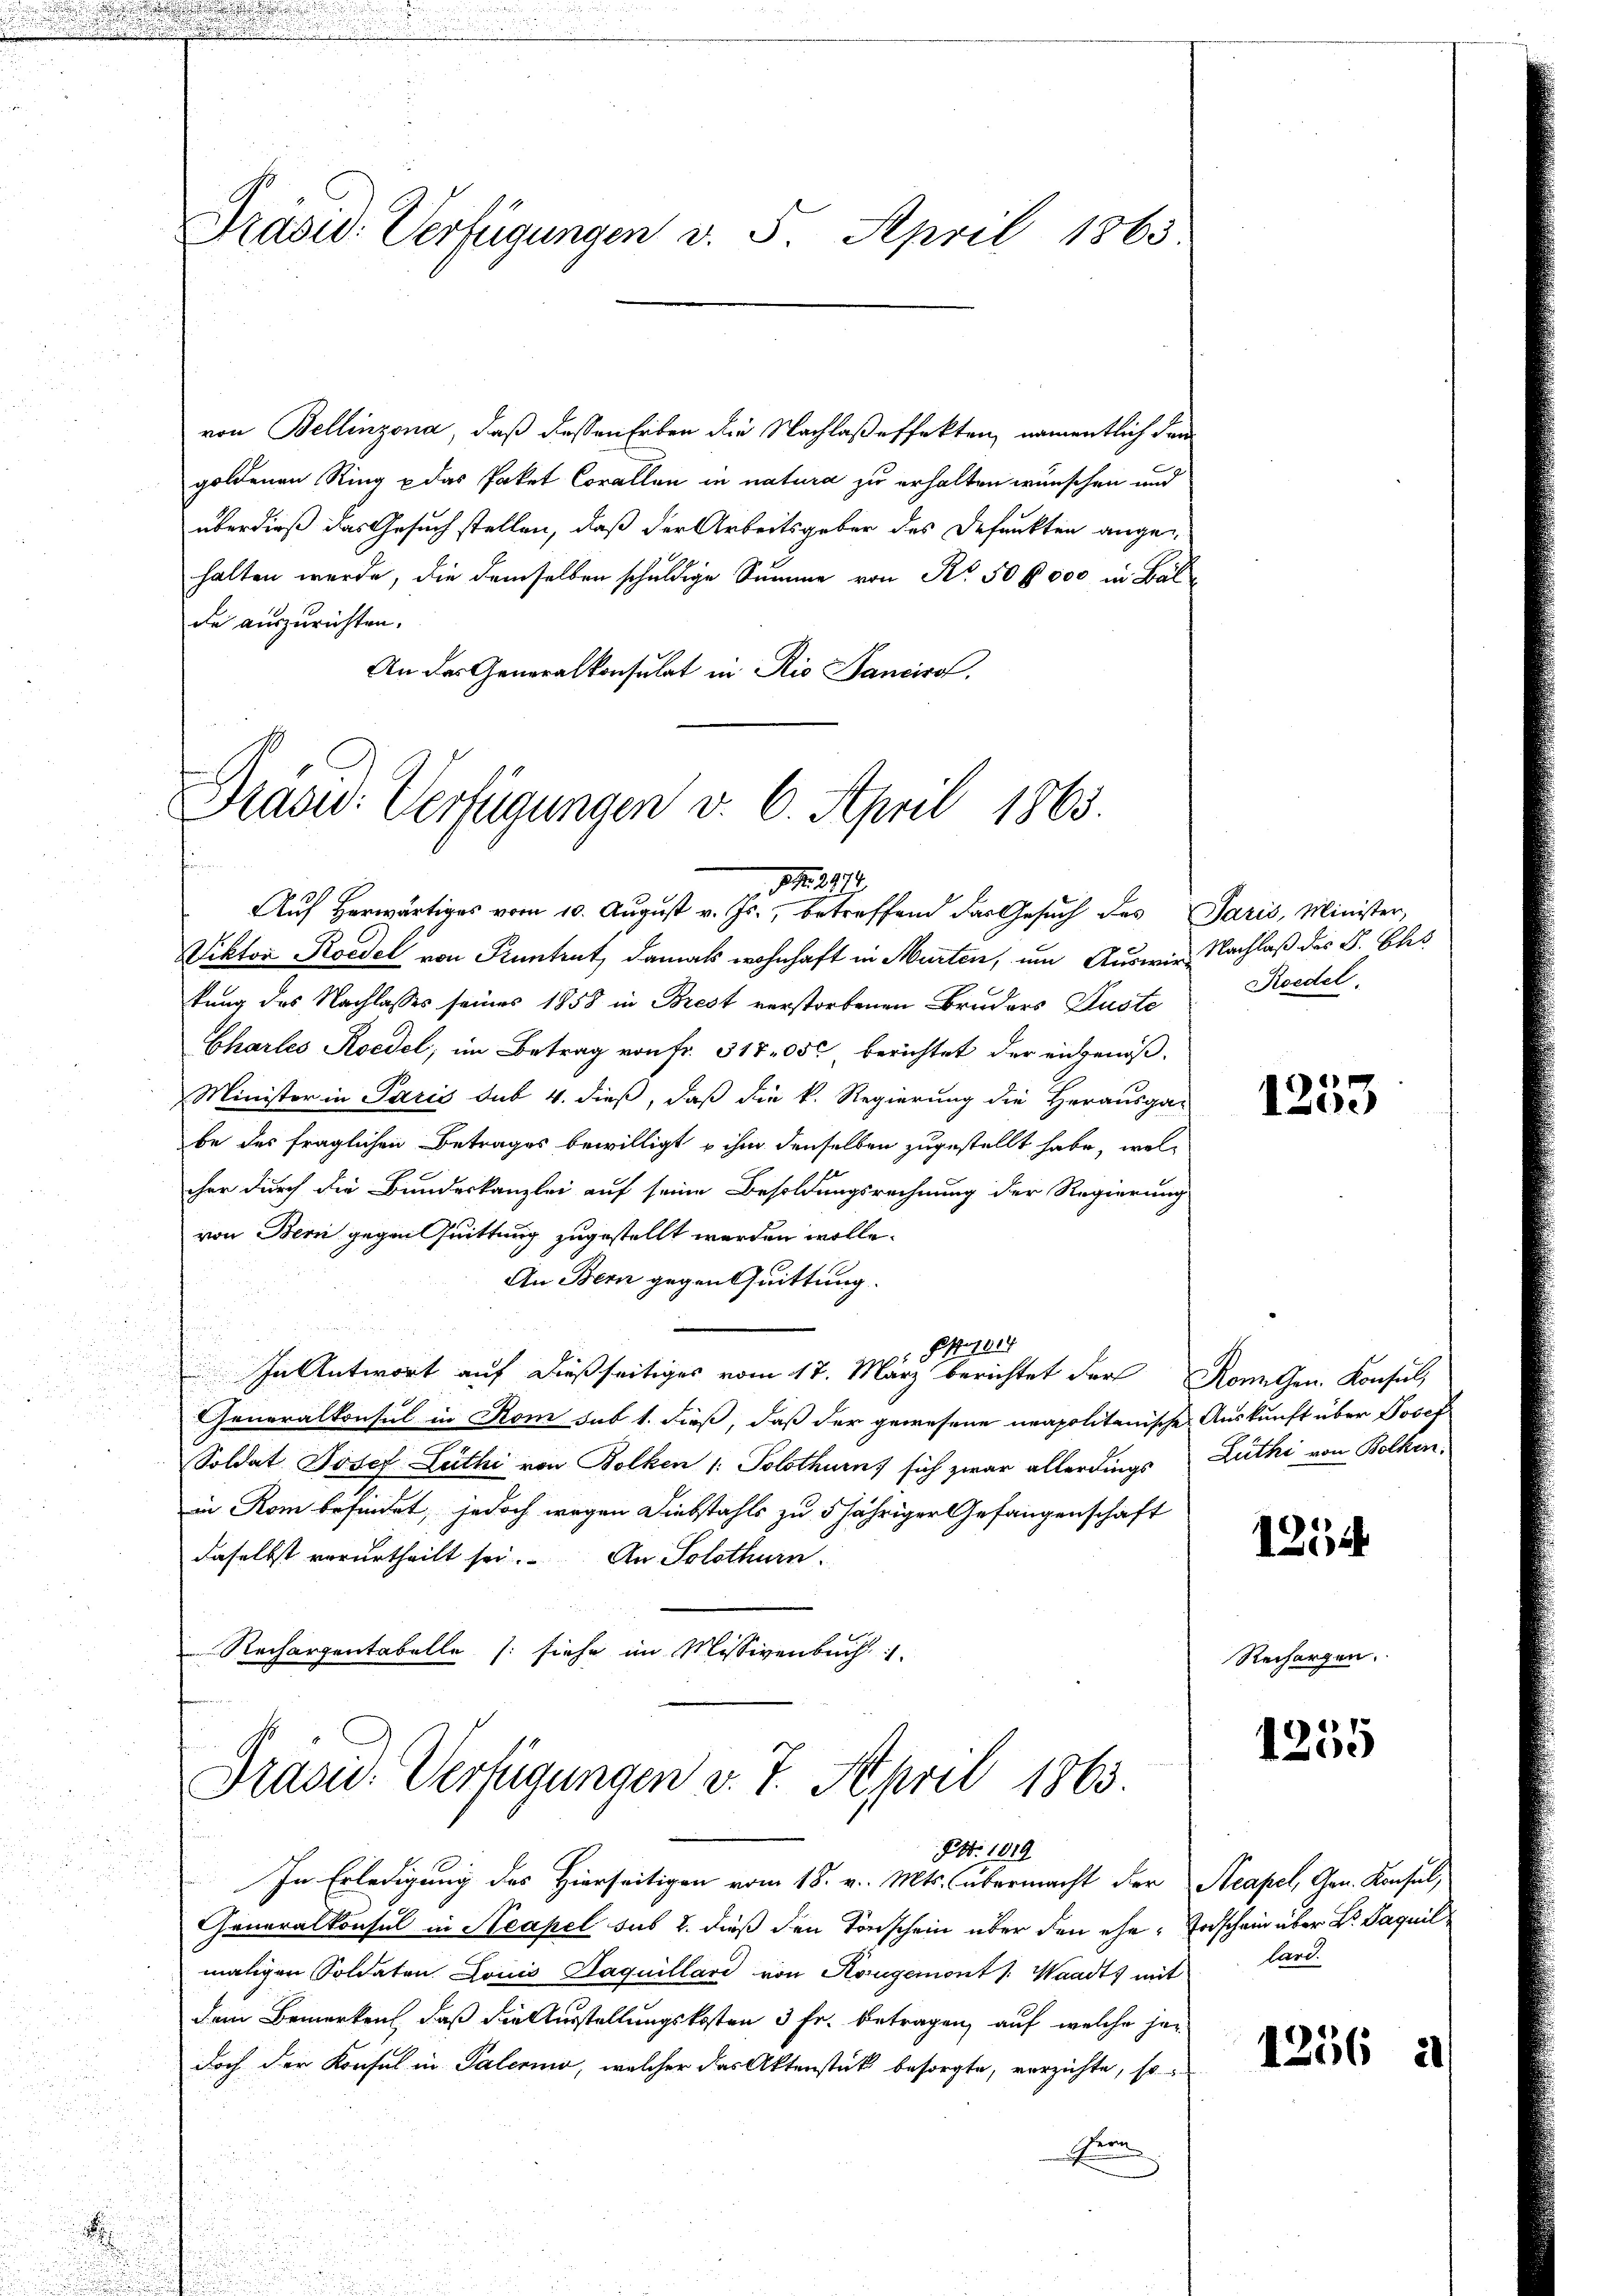
A

.

.
.

Präsid. Verfügungen v. 5. April 1863.

von Bellinzona, daß dessen Erben die Nachlaßeffekten, namentlich den
goldenen Ring u das Paket Corallen in natura zu erhalten wünschen und
überdieß das Gesuch stellen, daß der Arbeitsgeber des Befunkten angehalten werde, die demselben schuldige Summe von Ro. 50 f 500 in Bal
de auszurichten.
An der Generalkonsulat in Rio Banciro.

Grasw. Verfügungen v. 6. April 1865.
112974
Auf herwärtiges vom 10. August v. Js., betreffend das Gesŭch des Paris, Minister,

Viktor Koedel von Kuntrut, damals wohnhaft in Murten, um Auswir Nachlaß des S. Ehes
kung des Nachlasses seines 1858 in Brest verstorbenen Bruders Puste
Charles Roedel, im Betrag von fr. 317 05c berichtet der eingenoß¬
Minister in Paris sub 4. dieß, daß die k. Regierung die Herausga-
be des fraglichen Betrages bewilligt u ihm denselben zugestellt habe, welcher durch die Bundeskanzlei auf seine Besoldungsrechnung der Regierung
von Bern gegen Quittung zugestellt werden wolle.
An Bern gegen Quittung.
Per
In Antwort auf dießseitiges vom 17. März berichtet der Romuthen Konsul,
Generalkonsul in Rom sub 1. dieß, daß der gewesene neapolitanische Auskunft über Josef
Soldat Josef Lüthi von Bolken /: Solothurn, sich zwar allerdings Zuthi von Bolken,
in Rom befindet, jedoch wegen Diebstahls zu 5 jähriger Gefangenschaft
daselbst verurtheilt sei. An Solothurn,
Rechargentabelle (siehe im Missivenbuch

Präsid. Verfügungen v. 7. April 1863.

In Erledigung des Hierseitigen vom 18. v. Mts. übermacht der Acapel, Arn. Konsul,
Generalkonsul in Neapel sub 2. dieß den Vorschein über den ehe Todschein über B. Paquil
maligen Soldaten Louis Saquillard von Korugemont s. Waadt, mit lard.
dem Bemerken, daß die Ausstellungskosten 3 Fr. betragen, auf welche jedoch der Konsul in Palerino, welcher das Aktenstück besorgte, verzichte, so
irn

S. 1019

Koedel.

1253

1254

Rechargen.

1255

1256

2)